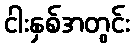
ငါးနှစ်အတွင်း